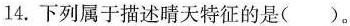
14.下列属于描述晴天特征的是( )。